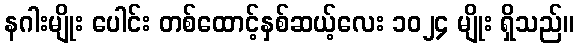
နဂါးမျိုး ပေါင်း တစ်ထောင့်နှစ်ဆယ့်လေး ၁၀၂၄ မျိုး ရှိသည်။